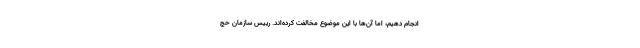
انجام دهیم، اما آن‌ها با این موضوع مخالفت کرده‌اند. رییس سازمان حج